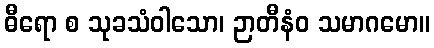
ဓီရော စ သုခသံဝါသော၊ ဉာတီနံဝ သမာဂမော။